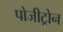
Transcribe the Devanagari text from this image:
पोजीट्रोन